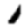
Digit: 1